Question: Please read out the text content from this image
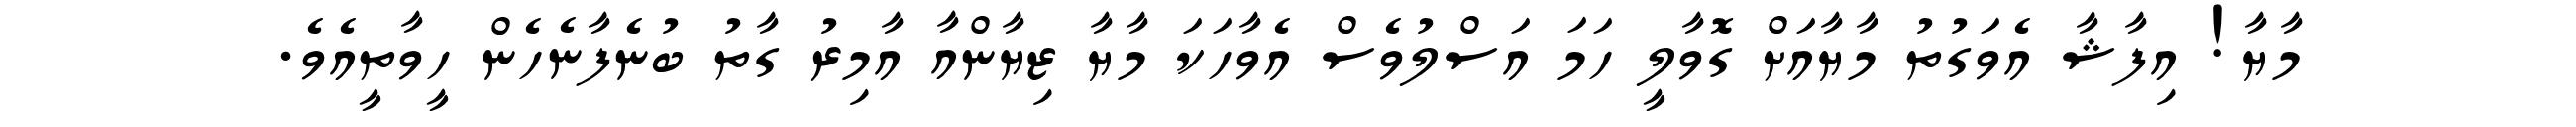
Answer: މާޔާ! އިފާޝާ އެވަގުތު މާޔާއަށް ގޮވާލީ ހަމަ އަސްލުވެސް އެވާހަކަ މާޔާ ޒިޔާންއާ އާމިރު ގާތު ބުނެފާނެހެން ހީވާތީއެވެ.